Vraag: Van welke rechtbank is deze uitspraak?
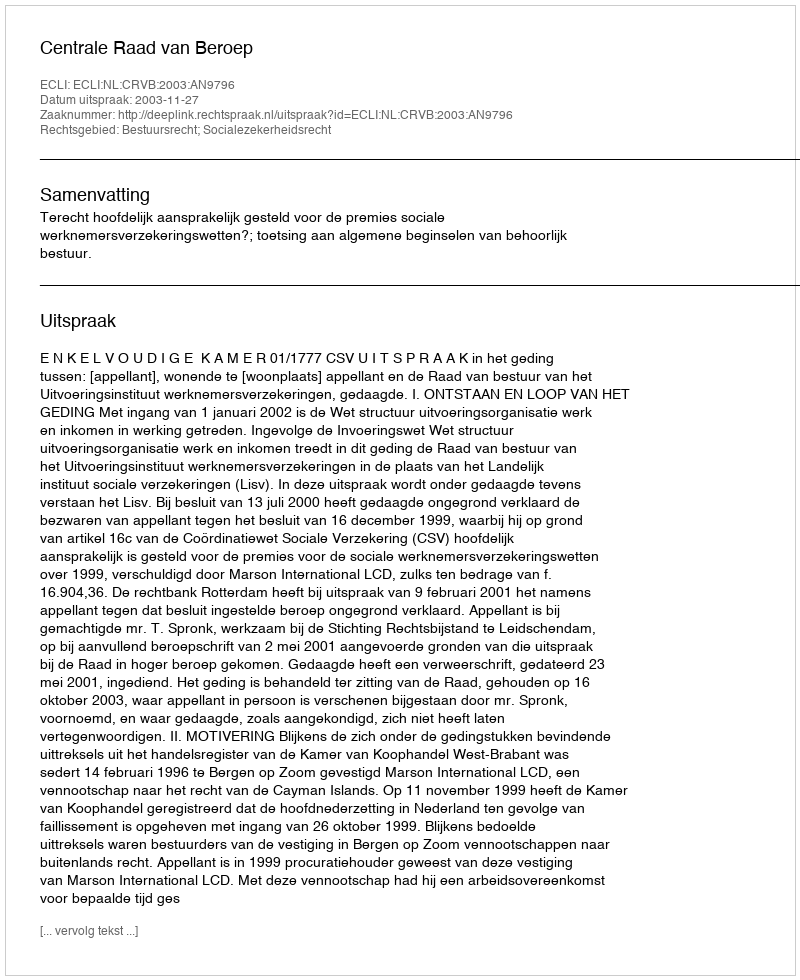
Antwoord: Centrale Raad van Beroep